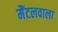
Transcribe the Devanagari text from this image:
मैंटलवाला